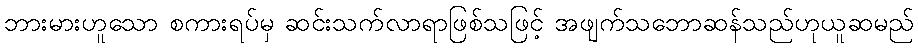
ဘားမားဟူသော စကားရပ်မှ ဆင်းသက်လာရာဖြစ်သဖြင့် အဖျက်သဘောဆန်သည်ဟုယူဆမည်